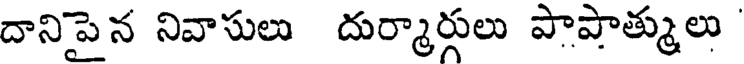
దానిపైన నివాసులు దుర్మార్గులు పాపాత్ములు